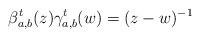
LaTeX: \begin{align*} \beta^t_{a,b} (z) \gamma^t_{a,b}(w) = (z-w)^{-1}\end{align*}